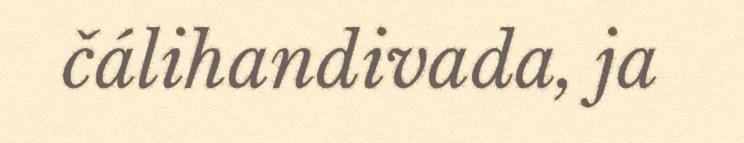
čálihandivada, ja